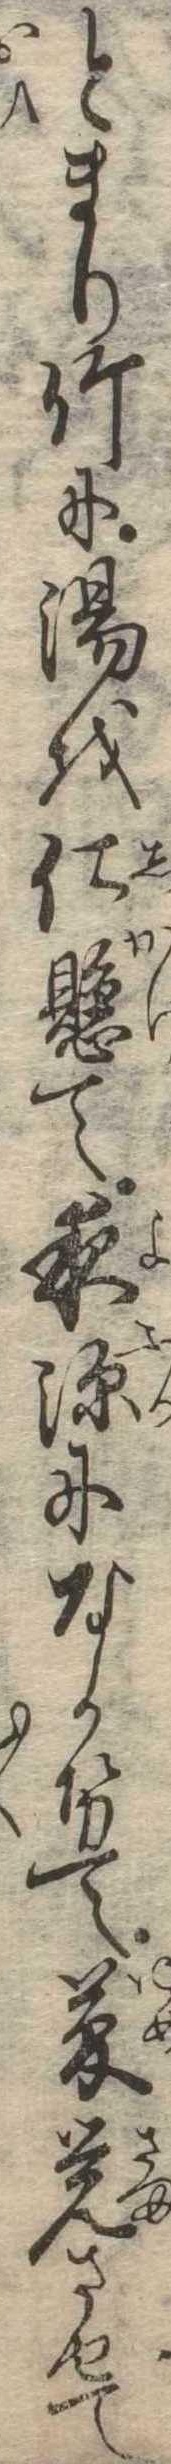
とまり竹に湯を仕懸て夜深になかせて夢覚させて